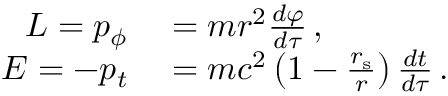
\begin{array} { r l } { L = p _ { \phi } } & { { } = m r ^ { 2 } { \frac { d \varphi } { d \tau } } \, , } \\ { E = - p _ { t } } & { { } = m c ^ { 2 } \left( 1 - { \frac { r _ { \mathrm { { s } } } } { r } } \right) { \frac { d t } { d \tau } } \, . } \end{array}